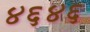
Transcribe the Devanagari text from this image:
४६४६